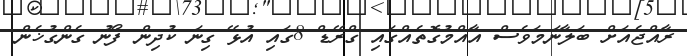
ރާއްޖެއަށް ބަލާނަމަވެސް އާއްމުގޮތެއްގައި ގްރޭޑް 8ގައި އުޅޭ ގިނަ ކުދިން ފޯނު ގެންގުޚެން